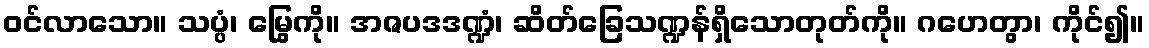
ဝင်လာသော။ သပ္ပံ၊ မြွေကို။ အဇပဒဒဏ္ဍံ၊ ဆိတ်ခြေသဏ္ဍန်ရှိသောတုတ်ကို။ ဂဟေတွာ၊ ကိုင်၍။